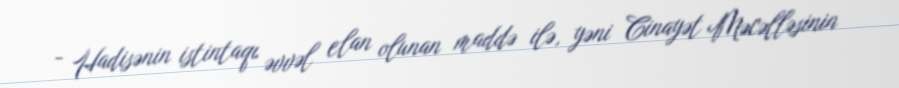
- Hadisənin istintaqı əvvəl elan olunan maddə ilə, yəni Cinayət Məcəlləsinin